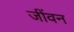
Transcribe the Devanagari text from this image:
जींवन